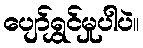
ပျော်ရွှင်မှုပါပဲ။